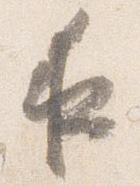
夜